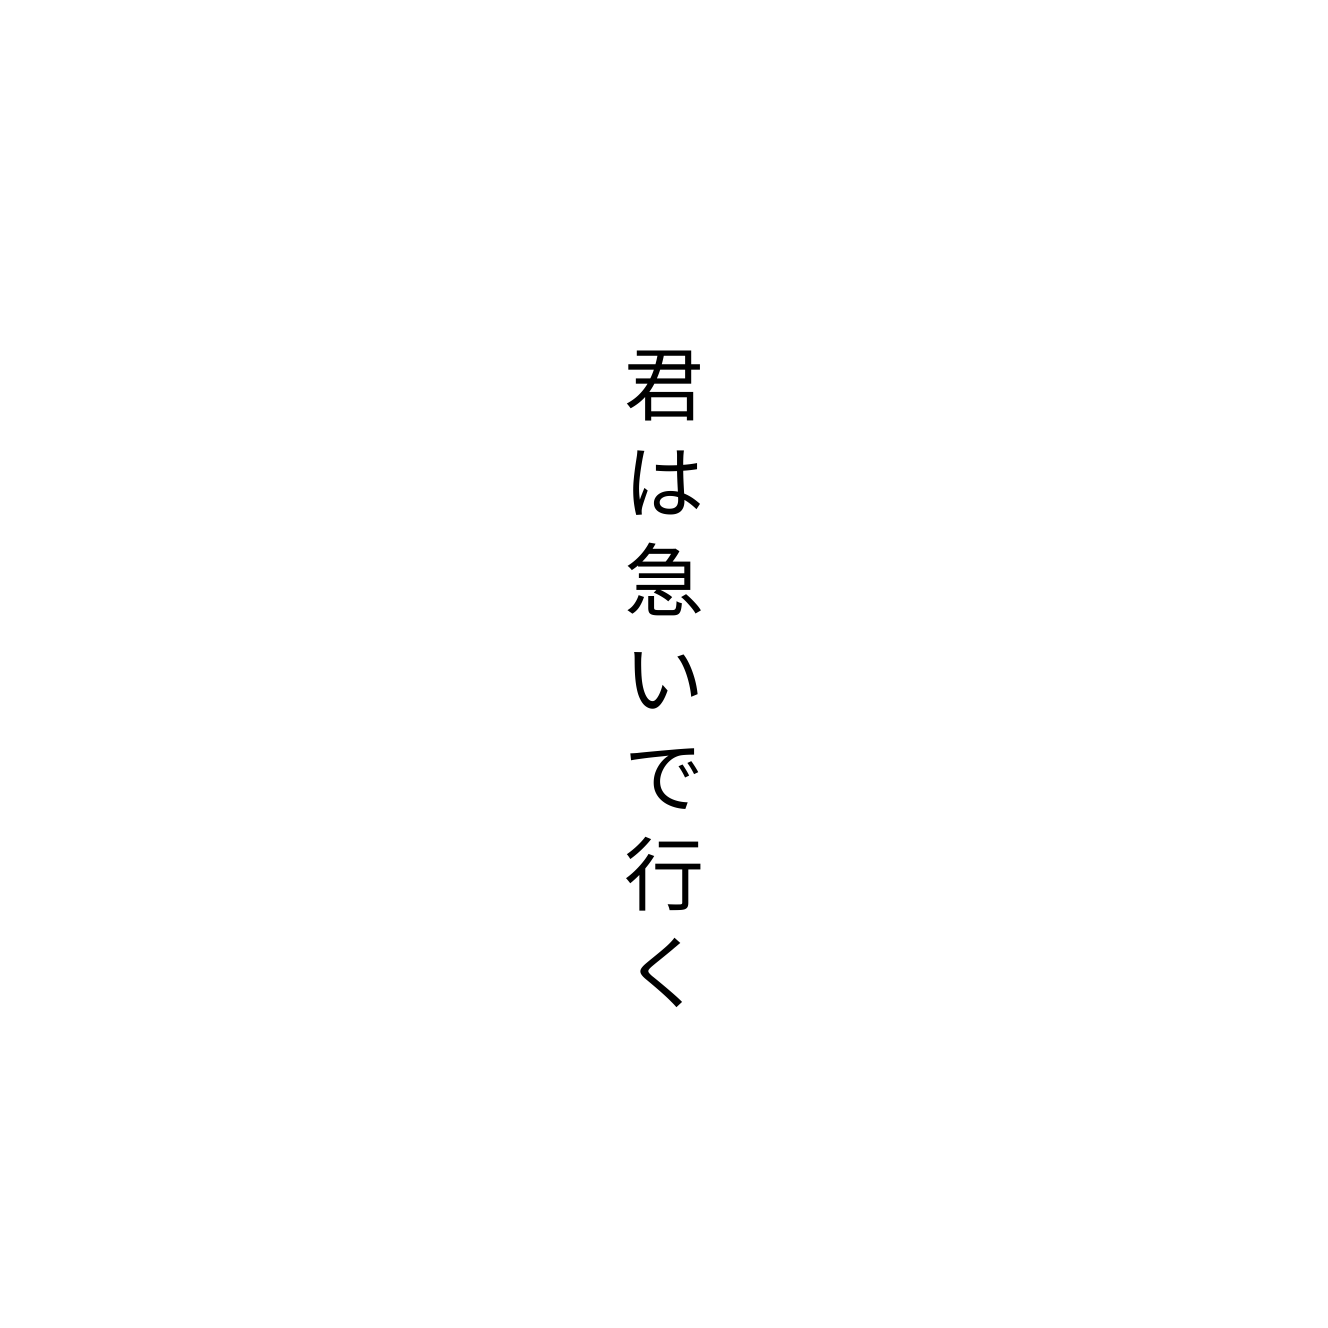
君は急いで行く